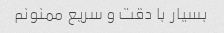
بسیار با دقت و سریع ممنونم